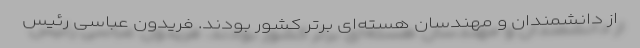
از دانشمندان و مهندسان هسته‌ای برتر کشور بودند. فریدون عباسی رئیس